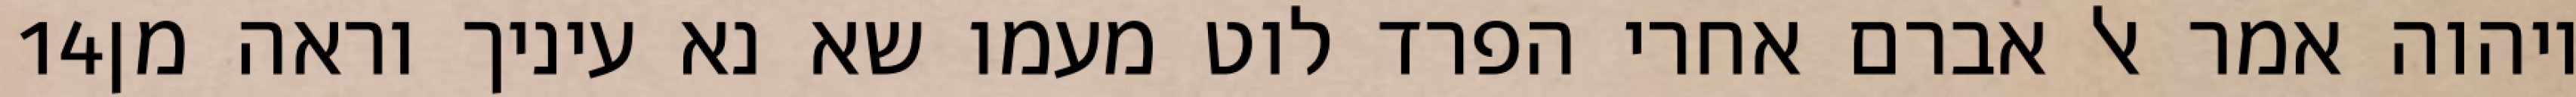
‎14‏ ויהוה אמר אל אברם אחרי הפרד לוט מעמו שא נא עיניך וראה מן